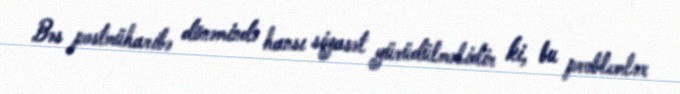
Bəs postmüharibə dönəmində hansı siyasət yürüdülməlidir ki, bu problemlər